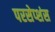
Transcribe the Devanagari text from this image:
परसेप्शंस